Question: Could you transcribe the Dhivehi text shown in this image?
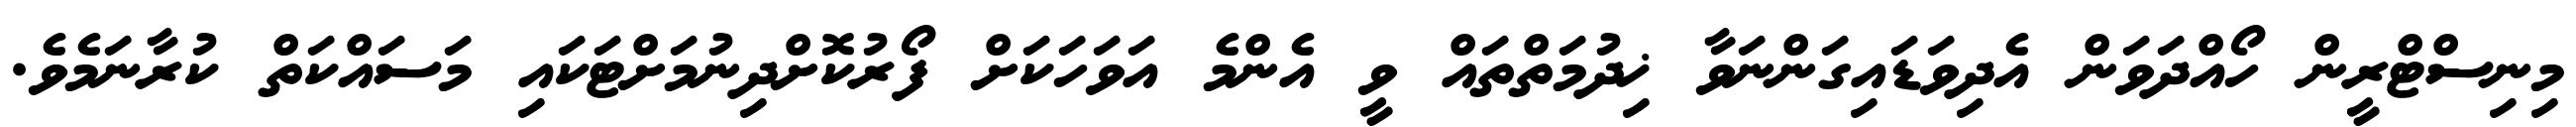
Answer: މިނިސްޓްރީން ހޯއްދަވަން އެދިވަޑައިގަންނަވާ ޚިދުމަތްތައް ވީ އެންމެ އަވަހަކަށް ފޯރުކޮށްދިނުމަށްޓަކައި މަސައްކަތް ކުރާނަމެވެ.